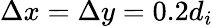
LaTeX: \Delta x=\Delta y=0.2d_{i}